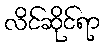
လိင်ဆိုင်ရာ